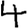
Digit: 4